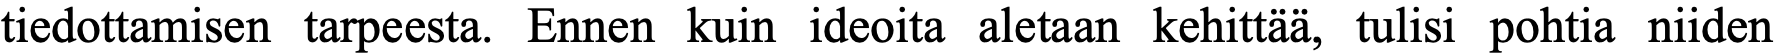
tiedottamisen tarpeesta. Ennen kuin ideoita aletaan kehittää, tulisi pohtia niiden